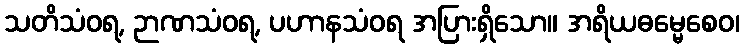
သတိသံဝရ, ဉာဏသံဝရ, ပဟာနသံဝရ အပြားရှိသော။ အရိယဓမ္မေစေဝ၊